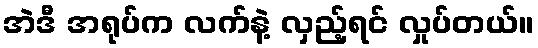
အဲဒီ အရုပ်က လက်နဲ့ လှည့်ရင် လှုပ်တယ်။